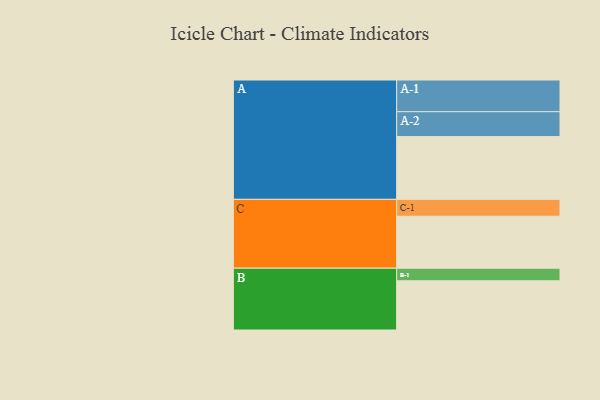
{"axis": {"x": "Segment", "y": "Value"}, "legend": ["", "A", "B", "C"], "data": [{"x": "A", "y": 517, "type": ""}, {"x": "B", "y": 405, "type": ""}, {"x": "C", "y": 428, "type": ""}, {"x": "A-1", "y": 261, "type": "A"}, {"x": "A-2", "y": 205, "type": "A"}, {"x": "B-1", "y": 104, "type": "B"}, {"x": "C-1", "y": 139, "type": "C"}]}